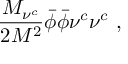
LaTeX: \frac { M _ { \nu ^ { c } } } { 2 M ^ { 2 } } \bar { \phi } \bar { \phi } \nu ^ { c } \nu ^ { c } ~ ,